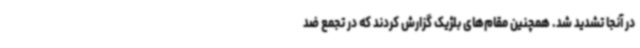
در آنجا تشدید شد. همچنین مقام‌های بلژیک گزارش کردند که در تجمع ضد